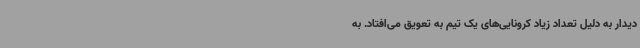
دیدار به دلیل تعداد زیاد کرونایی‌های یک تیم به تعویق می‌افتاد. به